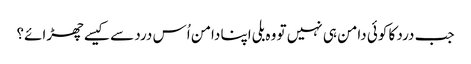
جب درد کا کوئی دامن ہی نہیں تو وہ بلی اپنا دامن اُس درد سے کیسے چھڑائے؟